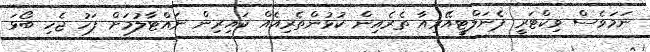
ނަމަވެސް ވިކްޓަރީ ޕެނަލްޓީއޭރިއާ ތެރެއިން ކުޅުންތެރިއެއް ކައިރިން ނައްޓާލުމަށް ފަހު ޖެހި ބޯޅަ